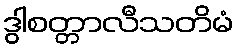
ဒွါစတ္တာလီသတိမံ